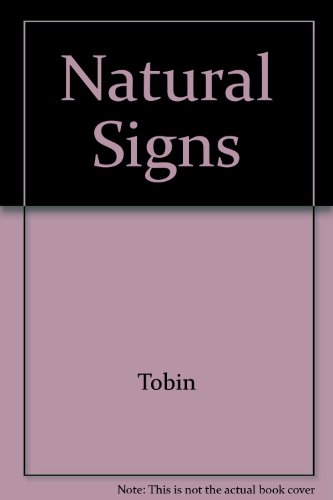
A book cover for Natural Signs: A Theory of Intentionality; Laird Addis; Politics & Social Sciences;